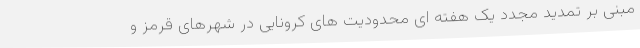
مبنی بر تمدید مجدد یک هفته ای محدودیت های کرونایی در شهرهای قرمز و